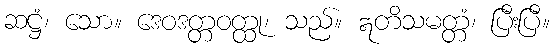
ဆဋ္ဌံ၊ သော။ ဒေဝဒတ္တဝတ္ထု၊ သည်။ ဣတိသမတ္တံ၊ ပြီးပြီ။